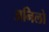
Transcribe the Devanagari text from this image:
अनिलो